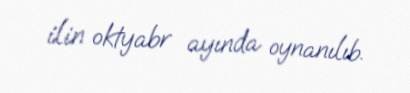
ilin oktyabr ayında oynanılıb.